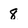
Character: 8